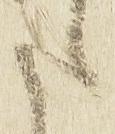
た